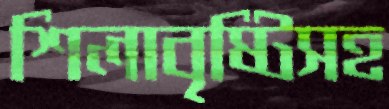
শিলাবৃষ্টিসহ